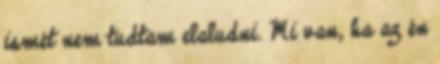
ismét nem tudtam elaludni. Mi van, ha az én